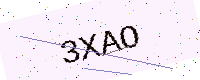
Text: 3XAO